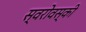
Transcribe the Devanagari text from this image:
स्वरोवस्की